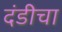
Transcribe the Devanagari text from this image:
दंडीचा